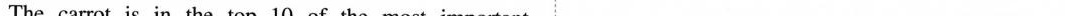
The carrot is in the top 10 of the most important …… 答案P145